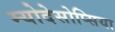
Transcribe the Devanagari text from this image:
म्योदेसोप्सिया